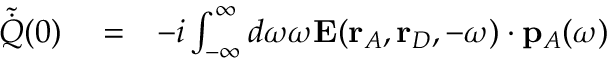
\begin{array} { r l r } { \tilde { \dot { Q } } ( 0 ) } & { { } = } & { - i \int _ { - \infty } ^ { \infty } d \omega \omega \mathbf { E } ( \mathbf { r } _ { A } , \mathbf { r } _ { D } , - \omega ) \cdot { \mathbf { p } } _ { A } ( \omega ) } \end{array}